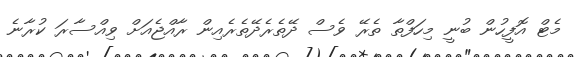
މެޓް އޮފީހުން ބުނީ މިހަފްތާ ތެރޭ ވެސް ދޭތެރެދޭތެރެއިން ރާއްޖެއަށް ވިއްސާރަ ކުރާނެ